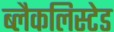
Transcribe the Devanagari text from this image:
ब्लैकलिस्टेड